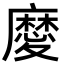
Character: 𢋤